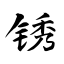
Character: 锈